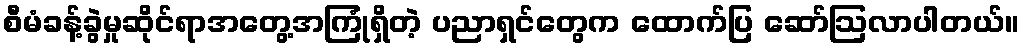
စီမံခန့်ခွဲမှုဆိုင်ရာအတွေ့အကြုံရှိတဲ့ ပညာရှင်တွေက ထောက်ပြ ဆော်ဩလာပါတယ်။